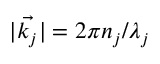
| \vec { k _ { j } } | = 2 \pi n _ { j } / \lambda _ { j }